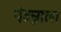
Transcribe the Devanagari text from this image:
पेदन्नाला